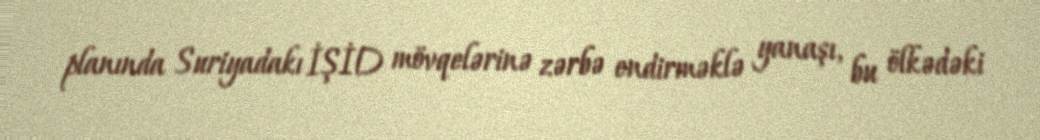
planında Suriyadakı İŞİD mövqelərinə zərbə endirməklə yanaşı, bu ölkədəki